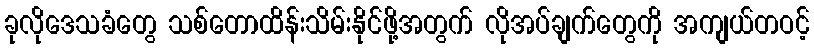
ခုလိုဒေသခံတွေ သစ်တောထိန်းသိမ်းနိုင်ဖို့အတွက် လိုအပ်ချက်တွေကို အကျယ်တဝင့်